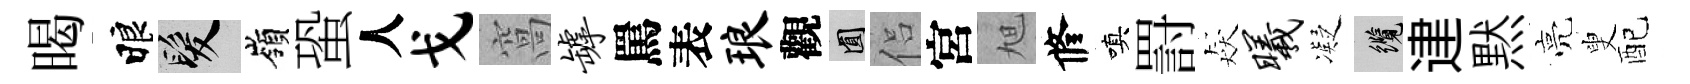
暍睱髮嶺蛩人戈窩罅罵表琅觀圓侣宮旭修嗔罸猋曦凝纜䢖黙亮叟配